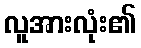
လူအားလုံး၏